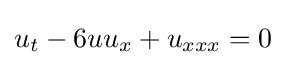
u_{t}-6uu_{x}+u_{xxx}=0